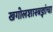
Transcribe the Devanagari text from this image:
खगोलशास्त्रज्ञांचा